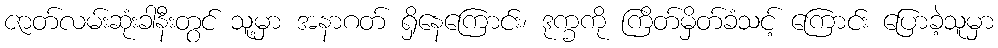
ဇာတ်လမ်းဆုံးခါနီးတွင် သူ့မှာ အနာဂတ် ရှိနေကြောင်း၊ ဒုက္ခကို ကြိတ်မှိတ်ခံသင့် ကြောင်း ပြောခဲ့သူမှာ